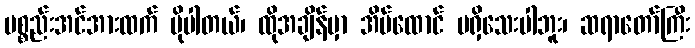
ပစ္စည်းအင်အားထက် ပိုပါတယ်၊ ထိုအချိန်မှာ အိမ်ထောင် မရှိသေးပါဘူး၊ ဆရာတော်ကြီး